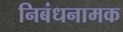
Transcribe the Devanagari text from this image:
निबंधनामक